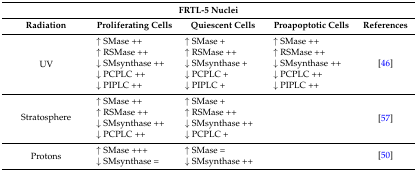
<table><thead><tr><td colspan="5"><b>FRTL-5 Nuclei</b></td></tr><tr><td><b>Radiation</b></td><td><b>Proliferating Cells</b></td><td><b>Quiescent Cells</b></td><td><b>Proapoptotic Cells</b></td><td><b>References</b></td></tr></thead><tbody><tr><td rowspan="5">UV</td><td>↑ SMase ++ </td><td>↑ SMase + </td><td>↑ SMase ++ </td><td rowspan="5">[46]</td></tr><tr><td>↑ RSMase ++ </td><td>↑ RSMase ++ </td><td>↑ RSMase ++ </td></tr><tr><td>↓ SMsynthase ++ </td><td>↓ SMsynthase + </td><td>↓ SMsynthase ++ </td></tr><tr><td>↓ PCPLC ++ </td><td>↓ PCPLC + </td><td>↓ PCPLC ++ </td></tr><tr><td>↓ PIPLC ++</td><td>↓ PIPLC +</td><td>↓ PIPLC ++</td></tr><tr><td rowspan="4">Stratosphere</td><td>↑ SMase ++ </td><td>↑ SMase + </td><td></td><td rowspan="4">[57]</td></tr><tr><td>↑ RSMase ++ </td><td>↑ RSMase ++ </td><td></td></tr><tr><td>↓ SMsynthase ++ </td><td>↓ SMsynthase ++</td><td></td></tr><tr><td>↓ PCPLC ++</td><td>↓ PCPLC +</td><td></td></tr><tr><td rowspan="2">Protons</td><td>↑ SMase +++ </td><td>↑ SMase = </td><td></td><td rowspan="2">[50]</td></tr><tr><td>↓ SMsynthase =</td><td>↓ SMsynthase ++</td><td></td></tr></tbody></table>